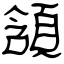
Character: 頷